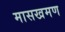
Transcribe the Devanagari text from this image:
मासखमण